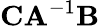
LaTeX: \mathbf{CA}^{-1}\mathbf{B}